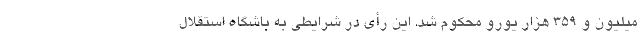
میلیون و 359 هزار یورو محکوم شد. این رأی در شرایطی به باشگاه استقلال